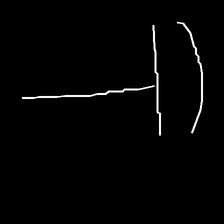
Glyph: dispersion